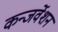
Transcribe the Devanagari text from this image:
कन्जर्वेशन